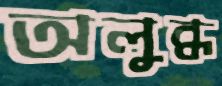
অলুব্ধ